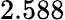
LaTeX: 2.588